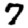
Digit: 7